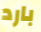
بارد